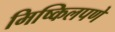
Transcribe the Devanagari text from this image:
मिष्किलपणे